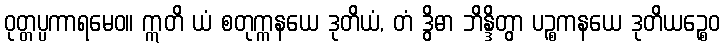
ဝုတ္တပ္ပကာရမေဝ။ ဣတိ ယံ စတုက္ကနယေ ဒုတိယံ, တံ ဒွိဓာ ဘိန္ဒိတွာ ပဉ္စကနယေ ဒုတိယဉ္စေဝ